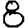
Digit: 8